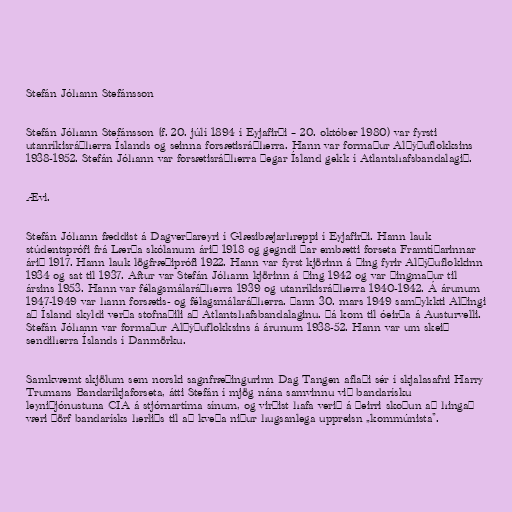
Stefán Jóhann Stefánsson

Stefán Jóhann Stefánsson (f. 20. júlí 1894 í Eyjafirði – 20. október 1980) var fyrsti
utanríkisráðherra Íslands og seinna forsætisráðherra. Hann var formaður Alþýðuflokksins
1938-1952. Stefán Jóhann var forsætisráðherra þegar Ísland gekk í Atlantshafsbandalagið.

Ævi.

Stefán Jóhann fæddist á Dagverðareyri í Glæsibæjarhreppi í Eyjafirði. Hann lauk
stúdentsprófi frá Lærða skólanum árið 1918 og gegndi þar embætti forseta Framtíðarinnar
árið 1917. Hann lauk lögfræðiprófi 1922. Hann var fyrst kjörinn á þing fyrir Alþýðuflokkinn
1934 og sat til 1937. Aftur var Stefán Jóhann kjörinn á þing 1942 og var þingmaður til
ársins 1953. Hann var félagsmálaráðherra 1939 og utanríkisráðherra 1940-1942. Á árunum
1947-1949 var hann forsætis- og félagsmálaráðherra. Þann 30. mars 1949 samþykkti Alþingi
að Ísland skyldi verða stofnaðili að Atlantshafsbandalaginu. Þá kom til óeirða á Austurvelli.
Stefán Jóhann var formaður Alþýðuflokksins á árunum 1938-52. Hann var um skeið
sendiherra Íslands í Danmörku.

Samkvæmt skjölum sem norski sagnfræðingurinn Dag Tangen aflaði sér í skjalasafni Harry
Trumans Bandaríkjaforseta, átti Stefán í mjög nána samvinnu við bandarísku
leyniþjónustuna CIA á stjórnartíma sínum, og virðist hafa verið á þeirri skoðun að hingað
væri þörf bandarísks herliðs til að kveða niður hugsanlega uppreisn „kommúnista".